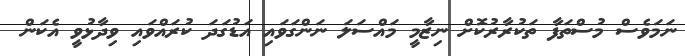
ނަމަވެސް މުސްތަފާ ތަކުރާރުކޮށް ނިޒާމީ މައްސަލަ ނަންގަވައި އަޑުގަދަ ކުރައްވައި ވިދާޅުވީ އެކަން